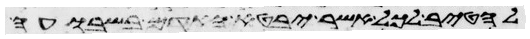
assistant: להטיב לכל אשר יבטא האדם בשבועה